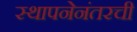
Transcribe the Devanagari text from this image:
स्थापनेनंतरची